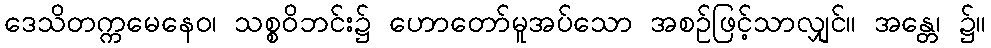
ဒေသိတက္ကမေနေဝ၊ သစ္စဝိဘင်း၌ ဟောတော်မူအပ်သော အစဉ်ဖြင့်သာလျှင်။ အန္တေ၊ ၌။